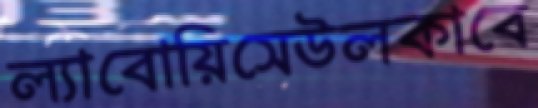
ল্যাবোয়িসেউলকাবে